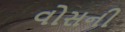
વોસની